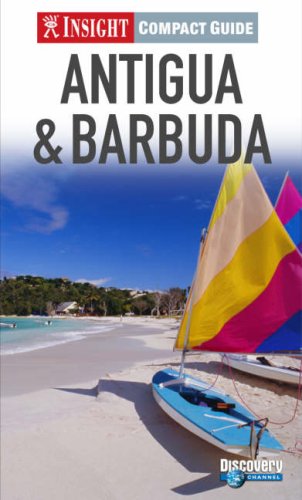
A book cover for Antigua Insight Compact Guide (Insight Compact Guides); Travel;